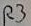
Text: R3